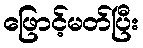
ဖြောင့်မတ်ပြီး